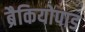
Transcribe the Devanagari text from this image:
ब्रैकियोपाड